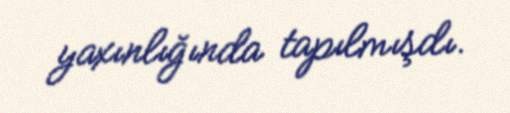
yaxınlığında tapılmışdı.